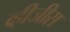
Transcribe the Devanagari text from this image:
व्हीजीस